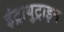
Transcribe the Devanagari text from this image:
इंट्रायुट्राइन